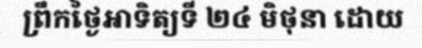
ព្រឹកថ្ងៃអាទិត្យទី ២៤ មិថុនា ដោយ